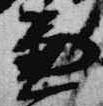
兼